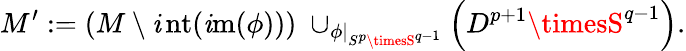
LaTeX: M^{\prime}:=\left(M\setminus\operatorname{\mathit{i}nt}(\operatorname{\mathit{i}m}(\phi))\right)\; \cup_{\phi|_{S^{p}\timesS^{q-1}}}\left(D^{p+1}\timesS^{q-1}\right).